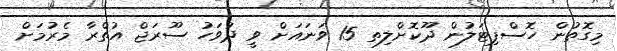
މިގޮތުން ހޮސްޕިޓަލުން ދޫކޮށްލިތ 15 ވަނައަށް ވީ ދުވަހު ސޫރަޖް އުތްރާ މެރުމަށް